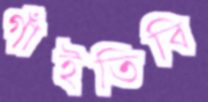
গাঁইতিবি